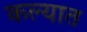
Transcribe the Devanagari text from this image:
कल्यात